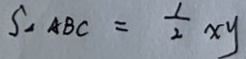
S _ { \Delta } A B C = \frac { 1 } { 2 } x y